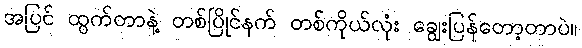
အပြင် ထွက်တာနဲ့ တစ်ပြိုင်နက် တစ်ကိုယ်လုံး ချွေးပြန်တော့တာပဲ။